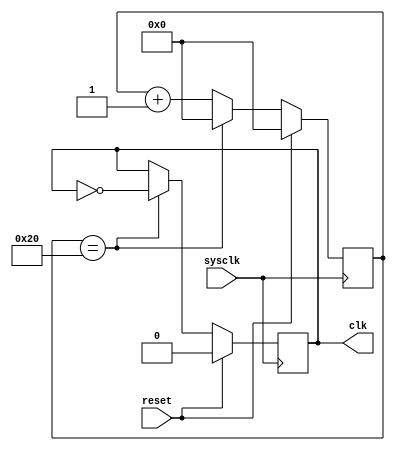
module ClockGenerator(
  input sysclk, 
  input reset, 
  output reg clk
); 

	reg [5:0] count;
	always @ (posedge sysclk) begin
		if (reset) begin
			count <= 0;
			clk <= 0;
		end
		else begin
			if (count == 6'b100000) begin
				clk <= ~clk;
				count <= 0;
			end
			else
				count <= count + 1;
		end
	end

endmodule